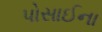
પોસાઈના